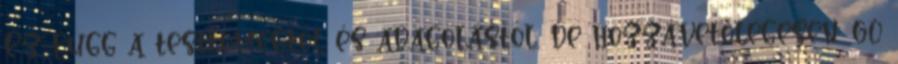
Ez függ a testtömegtől és adagolástól, de hozzávetőlegesen: 60